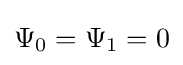
\Psi _{0}=\Psi _{1}=0